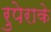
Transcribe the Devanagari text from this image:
रुपेराके